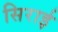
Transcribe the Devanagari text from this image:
सिराई